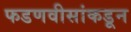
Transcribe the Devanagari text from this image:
फडणवीसांकडून